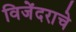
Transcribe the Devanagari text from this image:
विजेंदराचे